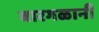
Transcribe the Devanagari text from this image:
बारगळानी